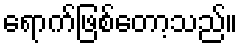
ရောက်ဖြစ်တော့သည်။